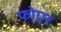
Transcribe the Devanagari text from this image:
फोएर